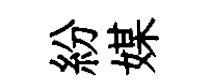
紛媒